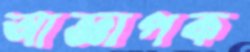
আজ্ঞাপক